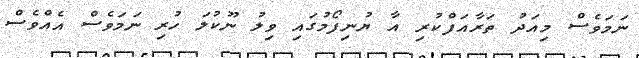
ނަމަވެސް މިއަދު ތަރާއަފްކުރި އާ ޔުނިފޯމުގައި ވިލު ނޫކުލަ ހުރި ނަމަވެސް އެއްވެސް